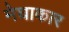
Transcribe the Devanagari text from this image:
मेघाकार